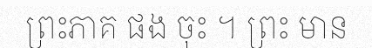
ព្រះភាគ ផង ចុះ ។ ព្រះ មាន